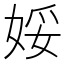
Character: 娞